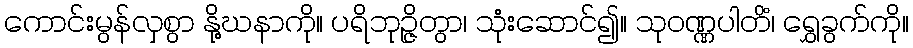
ကောင်းမွန်လှစွာ နို့ဃနာကို။ ပရိဘုဉ္ဇိတွာ၊ သုံးဆောင်၍။ သုဝဏ္ဏပါတိံ၊ ရွှေခွက်ကို။